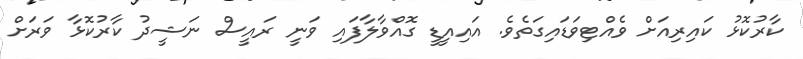
ކާރުކޮޅު ކައިރިއަށް ވެއްޓިވަޑައިގަތެވެ. އައިއީޑީ ގޮއްވާލާފައި ވަނީ ރައީސް ނަޝީދު ކާރުކޮޅާ ވަރަށް